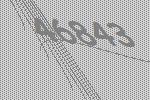
46843